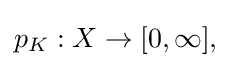
{\textstyle p_{K}:X\to [0,\infty ],}